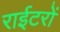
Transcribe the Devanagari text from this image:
राईटरों